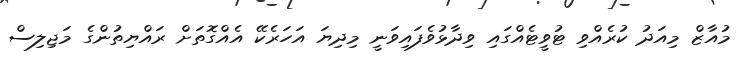
މުއާޒް މިއަދު ކުރެއްވި ޓުވީޓެއްގައި ވިދާޅުވެފައިވަނީ މިދިޔަ އަހަރެކޭ އެއްގޮތަށް ރައްޔިތުންގެ މަޖިލިސް